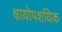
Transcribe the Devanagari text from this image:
क्षायोपशयिक